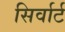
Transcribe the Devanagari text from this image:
सिर्वार्ट